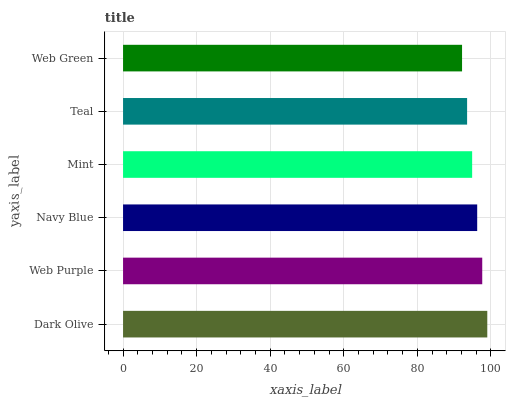
| yaxis_label | bars |
 | --- | --- |
 | Dark Olive | 99 |
 | Web Purple | 97.6 |
 | Navy Blue | 96.3 |
 | Mint | 94.9 |
 | Teal | 93.5 |
 | Web Green | 92.1 |